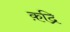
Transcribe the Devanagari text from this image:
क़द्रि